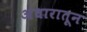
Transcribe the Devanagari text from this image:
अंधारातून